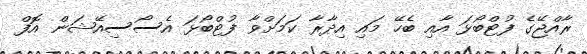
ރާއްޖޭގެ ފުޓްބޯޅަ އާއި ބެހޭ މައި އިދާރާ ކަމަށްވާ ފުޓްބޯޅަ އެސޯސިއޭޝަން އޮފް